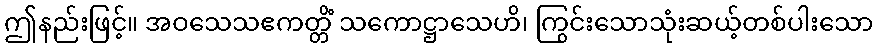
ဤနည်းဖြင့်။ အဝသေသဧကတ္တိံ သကောဋ္ဌာသေဟိ၊ ကြွင်းသောသုံးဆယ့်တစ်ပါးသော